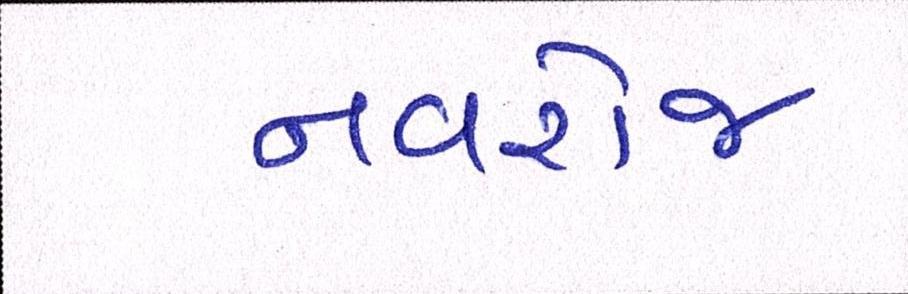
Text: નવરોજ